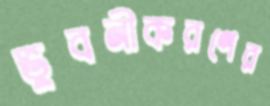
ভুবনীকরণের